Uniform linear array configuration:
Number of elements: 4
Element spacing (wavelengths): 0.75
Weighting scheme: blackman
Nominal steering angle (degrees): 15
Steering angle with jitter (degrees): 13.706
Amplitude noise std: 0.05
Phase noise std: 0.05

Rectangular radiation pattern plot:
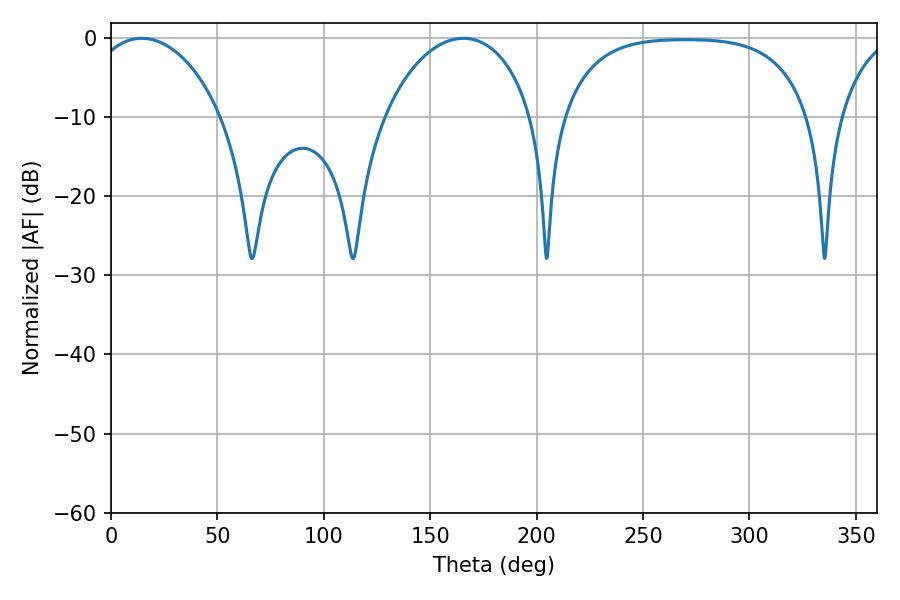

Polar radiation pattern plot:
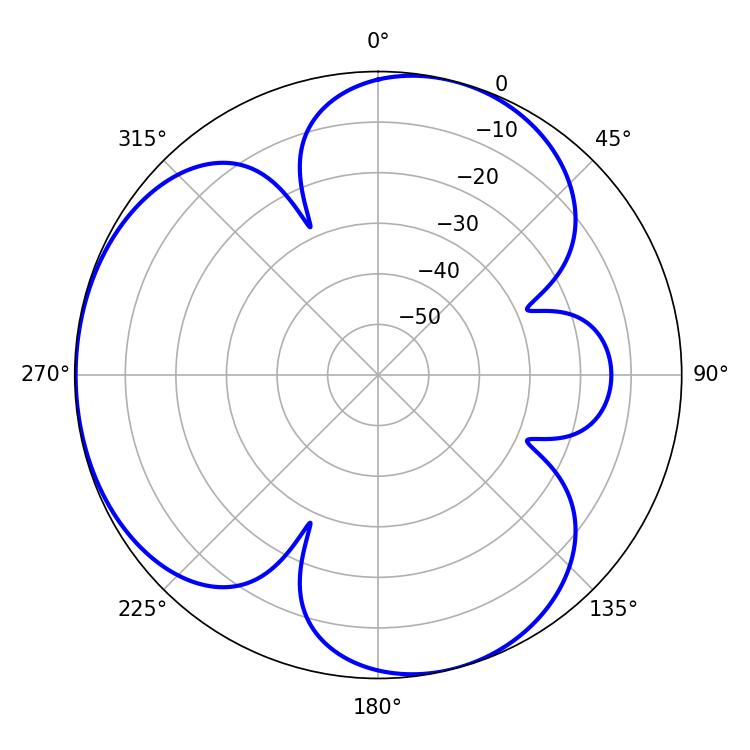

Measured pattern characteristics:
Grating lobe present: TRUE
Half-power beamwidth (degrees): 35.46
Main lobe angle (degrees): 14.4